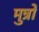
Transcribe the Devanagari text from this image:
मुन्रो